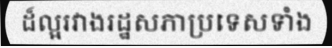
ដ៏ល្អរវាងរដ្ឋសភាប្រទេសទាំង